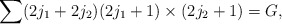
\begin{align*}\sum (2j_{1}+2j_{2})(2j_{1}+1)\times (2j_{2}+1)=G ,\end{align*}